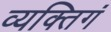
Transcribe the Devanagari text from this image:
व्यक्तिगं